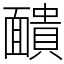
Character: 靧